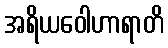
အရိယဝေါဟာရာတိ